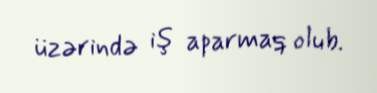
üzərində iş aparmaq olub.